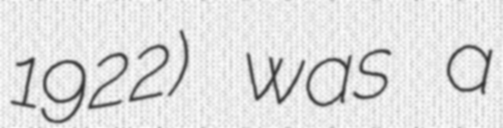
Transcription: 1922) was a